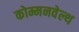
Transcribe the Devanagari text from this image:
कोम्मनवेल्थ